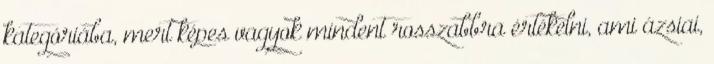
kategóriába, mert képes vagyok mindent rosszabbra értékelni, ami ázsiai,